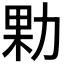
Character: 𭄰